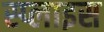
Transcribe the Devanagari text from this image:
स्प्लाइस